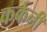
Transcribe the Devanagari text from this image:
कर्कनी